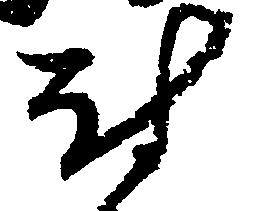
討